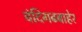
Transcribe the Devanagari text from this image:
चंदिगढबाहेर